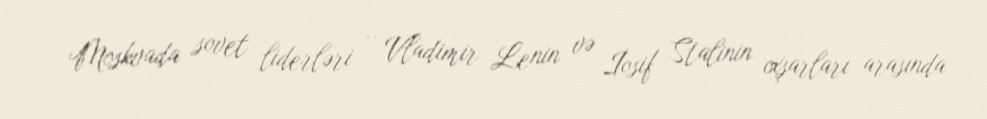
Moskvada sovet liderləri – Vladimir Lenin və İosif Stalinin oxşarları arasında